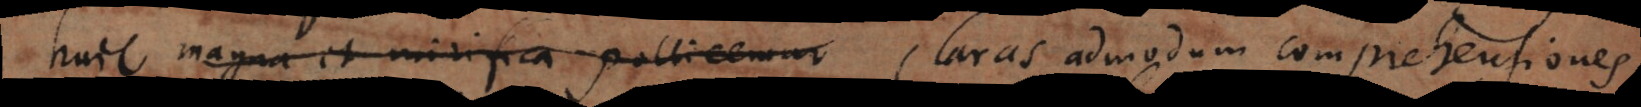
huic magna et mirifica pollicemur claras admodum comprehensiones,